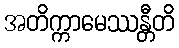
အတိက္ကာမေဿန္တီတိ